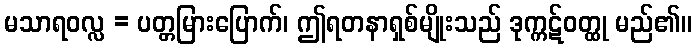
မသာရဝလ္လ = ပတ္တမြားပြောက်၊ ဤရတနာရှစ်မျိုးသည် ဒုက္ကဋ်ဝတ္ထု မည်၏။